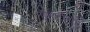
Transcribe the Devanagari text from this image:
हेमर्टोमा